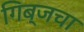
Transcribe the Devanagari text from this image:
गिब्जचा